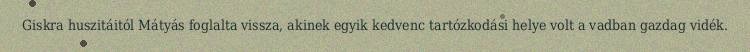
Giskra huszitáitól Mátyás foglalta vissza, akinek egyik kedvenc tartózkodási helye volt a vadban gazdag vidék.